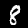
Digit: 8